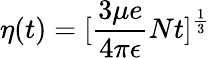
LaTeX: \eta(t)=[\frac{3\mu e}{4\pi\epsilon}Nt]^{\frac{1}{3}}